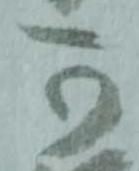
可